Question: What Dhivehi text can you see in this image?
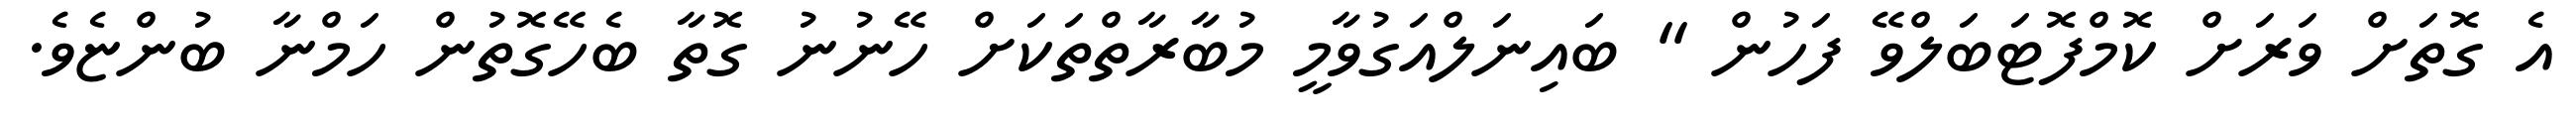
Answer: އެ ގޮތަށް ވަރަށް ކޮމްފޮޓަބަލްވޭ ފަހުން " ބައިނަލްއަގުވާމީ މުބާރާތްތަކަށް ހޭނުނު ގޮތާ ބެހޭގޮތުން ހަމްނާ ބުންޏެވެ.